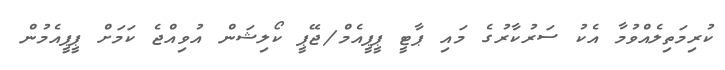
ކުރިމަތިލެއްވުމާ އެކު ސަރުކާރުގެ މައި ޕާޓީ ޕީޕީއެމް/ޖޭޕީ ކޯލިޝަން އުވިއްޖެ ކަމަށް ޕީޕީއެމުން